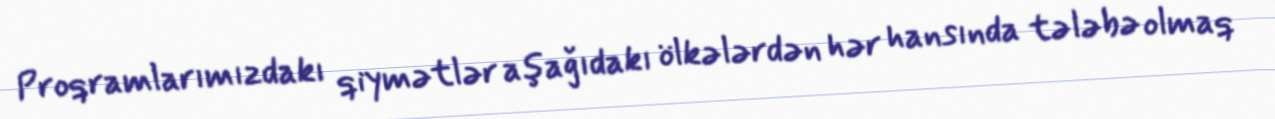
Proqramlarımızdakı qiymətlər aşağıdakı ölkələrdən hər hansında tələbə olmaq